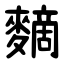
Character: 䵂